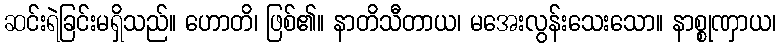
ဆင်းရဲခြင်းမရှိသည်။ ဟောတိ၊ ဖြစ်၏။ နာတိသီတာယ၊ မအေးလွန်းသေးသော။ နာစ္စုဏှာယ၊